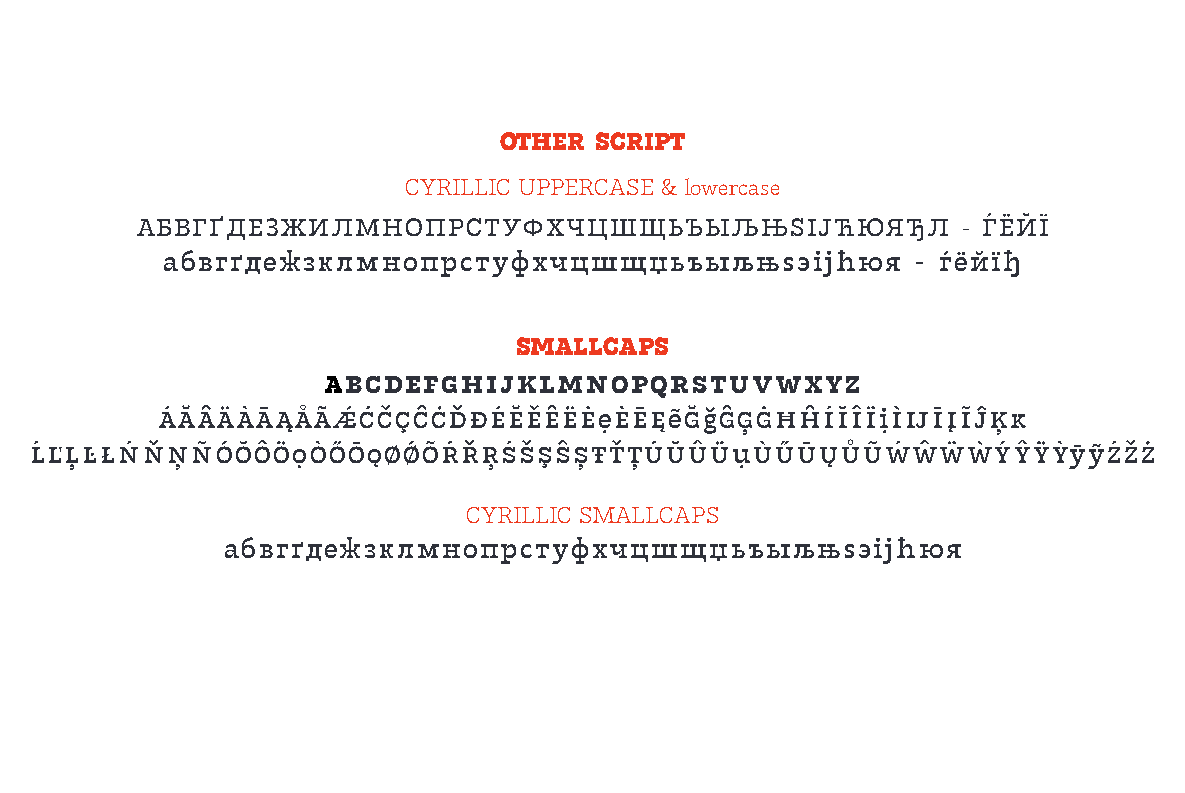
OTHER SCRIPT
 CYRILLIC UPPERCASE & lowercase
 АБВГҐДЕЗЖИЛМНОПРСТУФХЧЦШЩЬЪЫЉЊЅІЈЋЮЯЂЛ                 - ЃЁЙЇ
 абвгґдежзклмнопрстуфхчцшщџьъыљњѕэіјћюя            - ѓёйїђ
 SMALLCAPS
 abcdefghijklmnopqrstuvwxyz
 áăâäàāąåãǽćčçĉċďđéĕěêëėẹèēęẽğǧĝģġħĥíĭîïịìĳīįĩĵķĸ
 ĺľļŀłńňņñóŏôöọòőōǫøǿõŕřŗśšşŝșŧťțúŭûüụùűūųůũẃŵẅẁýŷÿỳȳỹźžż
 CYRILLIC SMALLCAPS
 абвгґдежзклмнопрстуфхчцшщџьъыљњѕэіјћюя